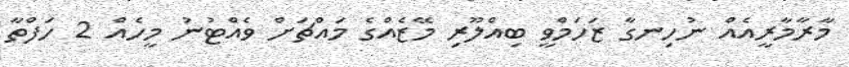
މާރާމާރީއެއް ނުހިނގާ ޒަހަމްވީ ބިއްލޫރި މޭޒެއްގެ މައްޗަށް ވެއްޓުނު މީހެއް 2 ހަފްތާ